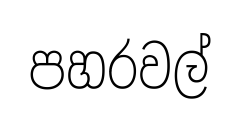
පහරවල්